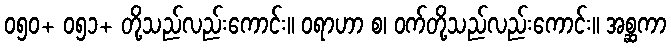
၀၅၀+ ၀၅၁+ တို့သည်လည်းကောင်း။ ဝရာဟာ စ၊ ဝက်တို့သည်လည်းကောင်း။ အစ္ဆကာ